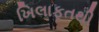
ખિલાફતથી